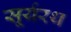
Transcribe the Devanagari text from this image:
सूर्यरथ